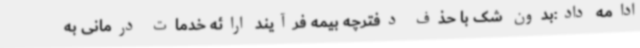
ادامه داد:بدون شک با حذف دفترچه بیمه فرآیند ارائه خدمات درمانی به